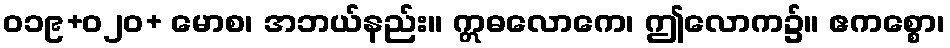
ဝ၁၉+၀၂ဝ+ မောစ၊ အဘယ်နည်း။ ဣဓလောကေ၊ ဤလောက၌။ ဧကစ္စော၊